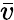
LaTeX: \bar{v}